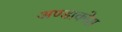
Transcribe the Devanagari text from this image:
अण्डाकोश